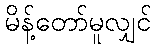
မိန့်တော်မူလျှင်